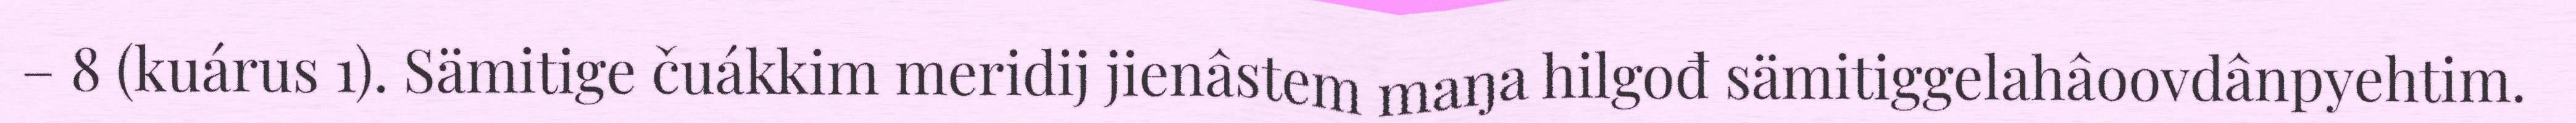
– 8 (kuárus 1). Sämitige čuákkim meridij jienâstem maŋa hilgođ sämitiggelahâoovdânpyehtim.